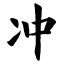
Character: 冲